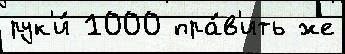
рук'и́ 1000 пра́в'ить же